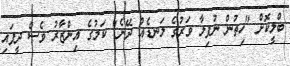
ބްލީކޮށް "ހިތުން ނުފިލާ ވަރުގެ ލަނޑެއް ދޭނެ" ކަމުގެ އިންޒާރު ވެސް ދީފައި